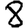
Digit: 8